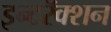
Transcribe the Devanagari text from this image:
इन्टरॅक्शन